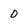
Character: 0